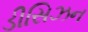
ડીસિઝન